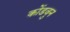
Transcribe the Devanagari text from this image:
कोंडवुन